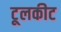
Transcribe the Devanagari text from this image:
टूलकीट